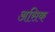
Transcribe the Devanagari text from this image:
असिक